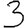
Digit: 3